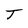
Character: T